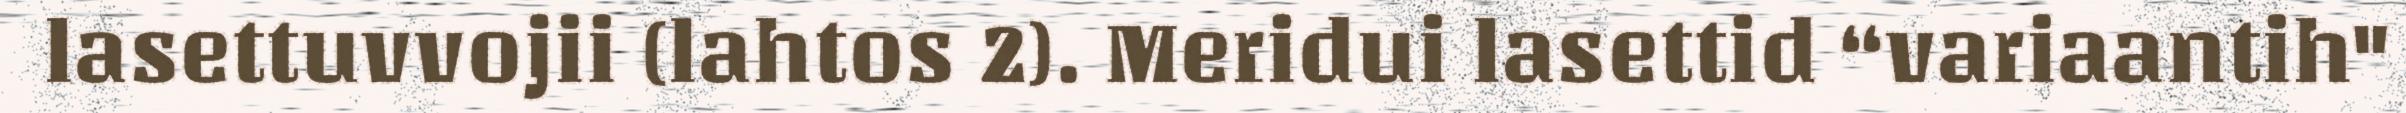
lasettuvvojii (lahtos 2). Meridui lasettid “variaantih"